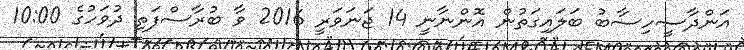
އަންދާސީހިސާބު ބަލައިގަތުން އޮންނާނީ 14 ޖަނަވަރީ 2016 ވާ ބުރާސްފަތި ދުވަހުގެ 10:00